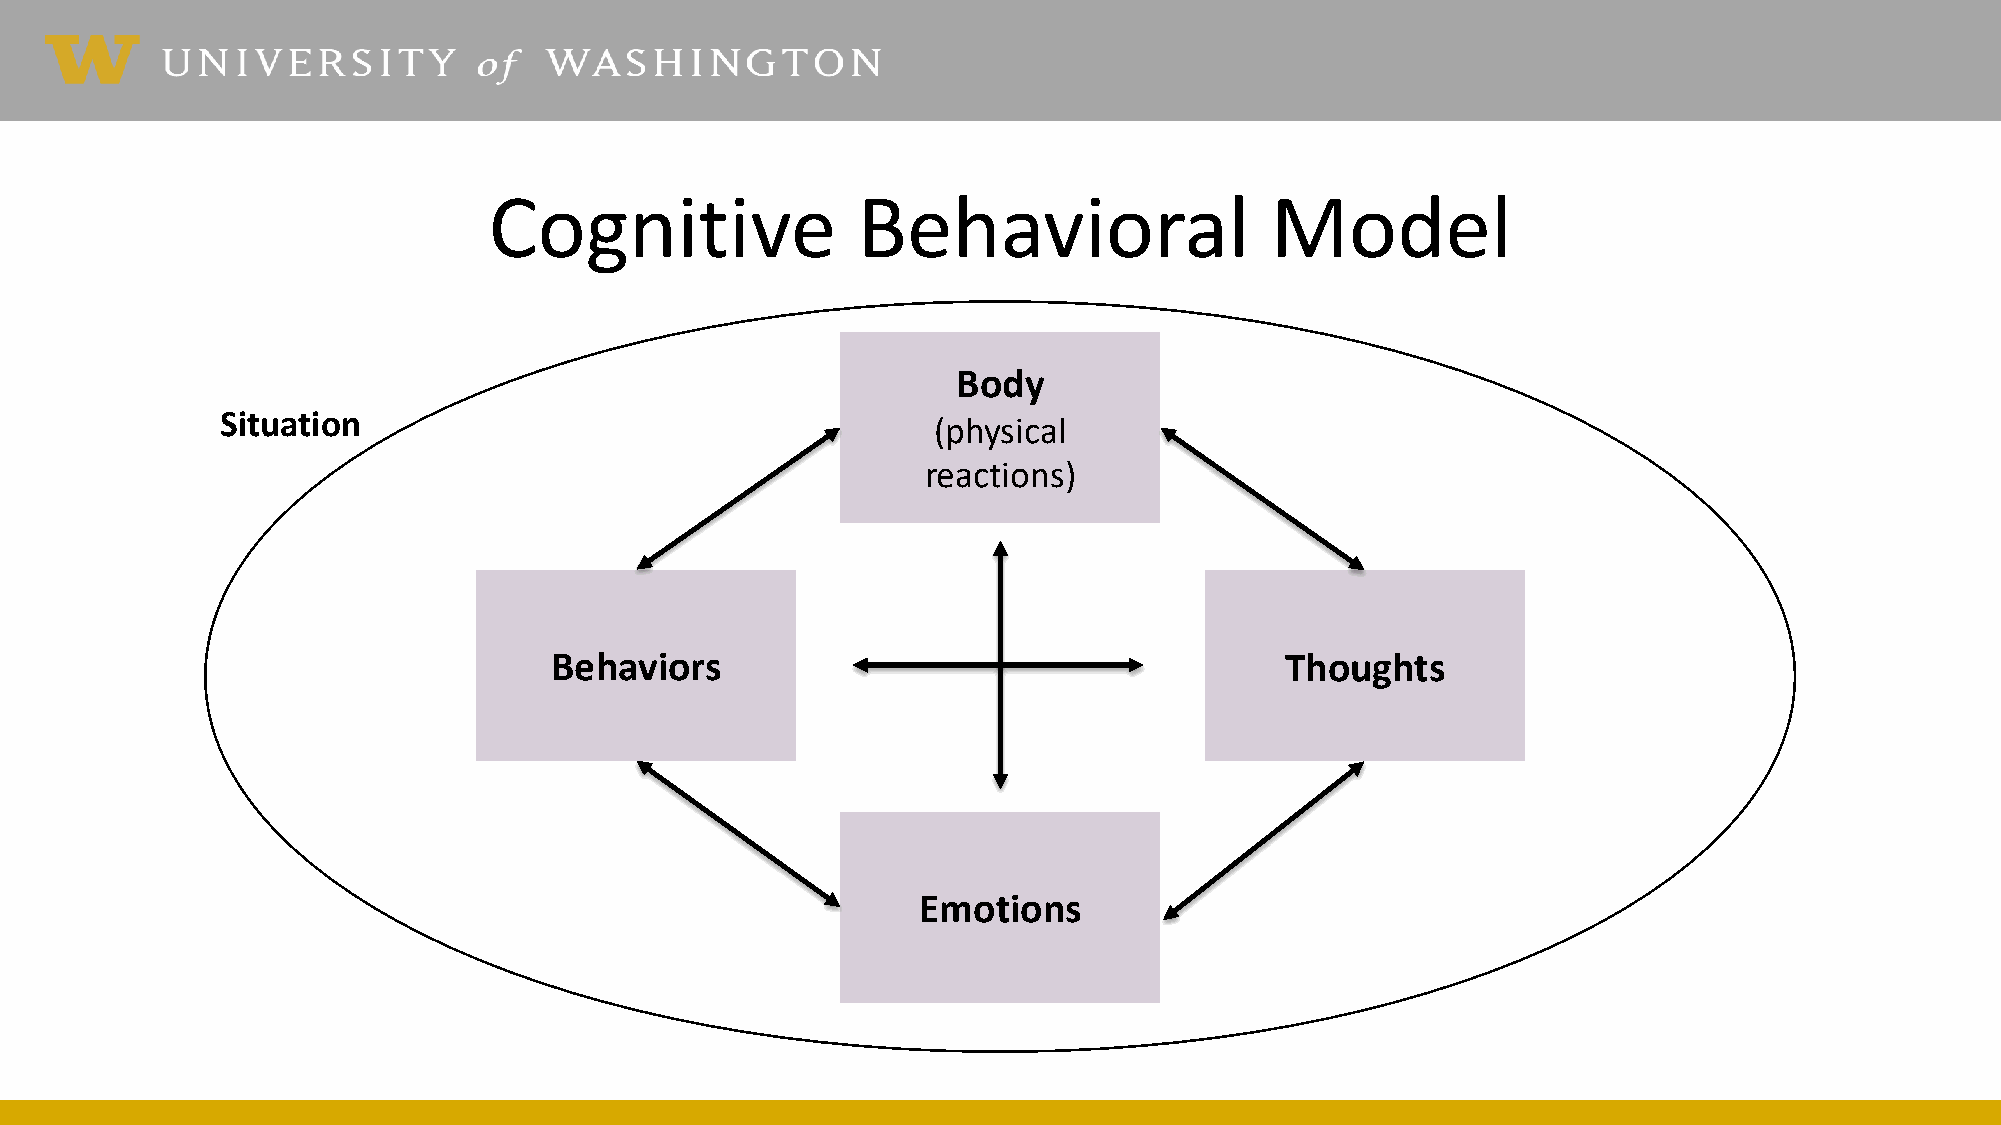
Cognitive                Behavioral                 Model
 Body
 Situation
 (physical
 reactions)
 Behaviors                                        Thoughts
 Emotions